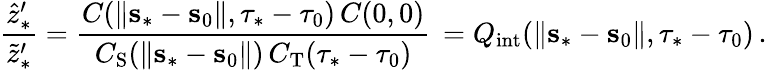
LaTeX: \frac{\hat{z}_{\ast}^{\prime}}{\tilde{z}_{\ast}^{\prime}}=\frac{C(\lVert{\mathbf s}_{\ast}-{\mathbf s}_{0}\rVert,\tau_{\ast}-\tau_{0})\, C(0,0)}{C_{\mathrm{S}}(\lVert{\mathbf s}_{\ast}-{\mathbf s}_{0}\rVert)\, C_{\mathrm{T}}(\tau_{\ast}-\tau_{0})}\, =Q_{\mathrm{int}}(\lVert{\mathbf s}_{\ast}-{\mathbf s}_{0}\rVert,\tau_{\ast}-\tau_{0})\, .